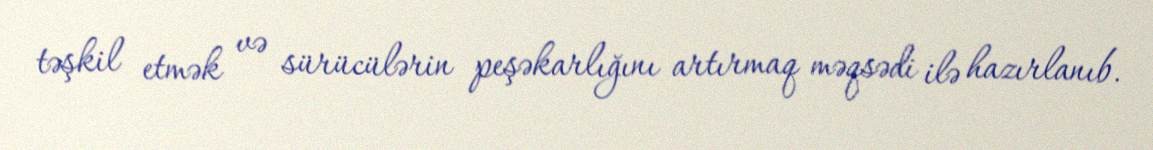
təşkil etmək və sürücülərin peşəkarlığını artırmaq məqsədi ilə hazırlanıb.